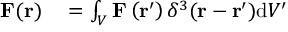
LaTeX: \begin{array} { r l } { \mathbf { F } ( \mathbf { r } ) } & { { } = \int _ { V } \mathbf { F } \left( \mathbf { r } ^ { \prime } \right) \delta ^ { 3 } ( \mathbf { r } - \mathbf { r } ^ { \prime } ) \mathrm { d } V ^ { \prime } } \end{array}